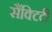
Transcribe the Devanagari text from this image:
सैंक्टिटी